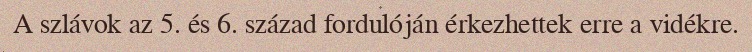
A szlávok az 5. és 6. század fordulóján érkezhettek erre a vidékre.